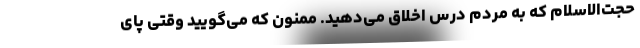
حجت‌الاسلام که به مردم درس اخلاق می‌دهید. ممنون که می‌گویید وقتی پای